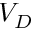
V _ { D }